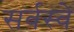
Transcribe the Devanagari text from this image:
सर्वस्वे